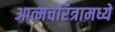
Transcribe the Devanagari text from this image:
आत्मचरित्रामध्ये